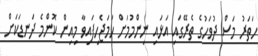
ހަތަރު މަސް ދުވަހުގެ ތެރޭގައި އަޅައި ނިންމުމަށް ހަމަޖެހިފައިވާ މިއިން ކޮންމެ ދަނޑަކަށް